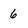
Character: 6